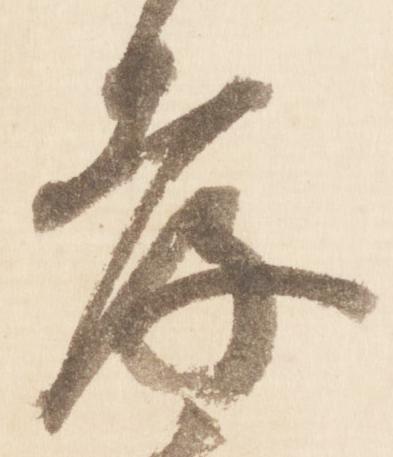
孝